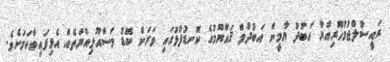
ރައީސުލްޖުމުހޫރިއްޔާ އަބުދު ޔާމީން އަބުދުލް ޤައްޔޫމުގެ ކޮނޑުފުޅުގައި ވަރަށް ބޮޑު މަސްއޫލިއްޔަތެއް އެޅިފައިވާކަމަށެވެ.